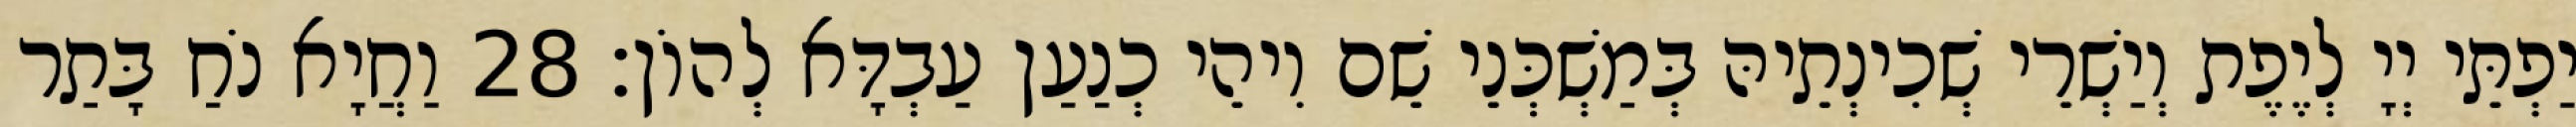
יַפְתֵּי יְיָ לְיֶפֶת וְיַשְׁרֵי שְׁכִינְתֵיהּ בְּמַשְׁכְּנֵי שֵׁם וִיהֵי כְנַעַן עַבְדָּא לְהוֹן׃ 28 וַחֲיָא נֹחַ בָּתַר